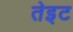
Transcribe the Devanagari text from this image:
तेइट